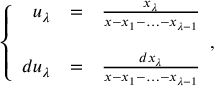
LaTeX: \left\{ \begin{array} { r c l } { { u _ { \lambda } } } & { { = } } & { { \frac { x _ { \lambda } } { x - x _ { 1 } - \ldots - x _ { \lambda - 1 } } } } \\ { { } } & { { } } & { { } } \\ { { d u _ { \lambda } } } & { { = } } & { { \frac { d x _ { \lambda } } { x - x _ { 1 } - \ldots - x _ { \lambda - 1 } } } } \end{array} , \right.